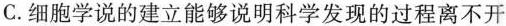
C. 细胞学说的建立能够说明科学发现的过程离不开